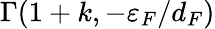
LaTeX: \Gamma(1+k,-\varepsilon_{F}/{d_{F}})